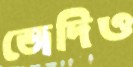
জেদিও